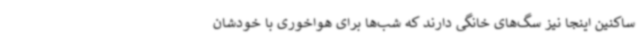
ساکنین اینجا نیز سگ‌های خانگی دارند که شب‌ها برای هواخوری با خودشان